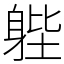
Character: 𨉉